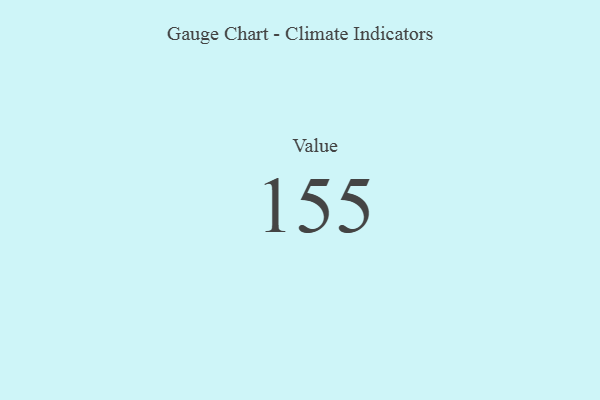
{"axis": {"x": "Metric", "y": "Value"}, "legend": [""], "data": [{"x": "Value", "y": 155, "type": ""}]}